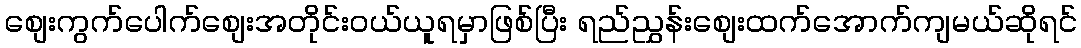
စျေးကွက်ပေါက်စျေးအတိုင်းဝယ်ယူရမှာဖြစ်ပြီး ရည်ညွှန်းစျေးထက်အောက်ကျမယ်ဆိုရင်